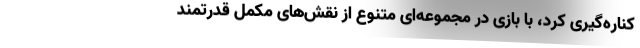
کناره‌گیری کرد، با بازی در مجموعه‌ای متنوع از نقش‌های مکمل قدرتمند